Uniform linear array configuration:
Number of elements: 24
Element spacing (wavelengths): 1
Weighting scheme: uniform
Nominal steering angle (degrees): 0
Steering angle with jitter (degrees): -0.2023
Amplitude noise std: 0.05
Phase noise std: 0.05

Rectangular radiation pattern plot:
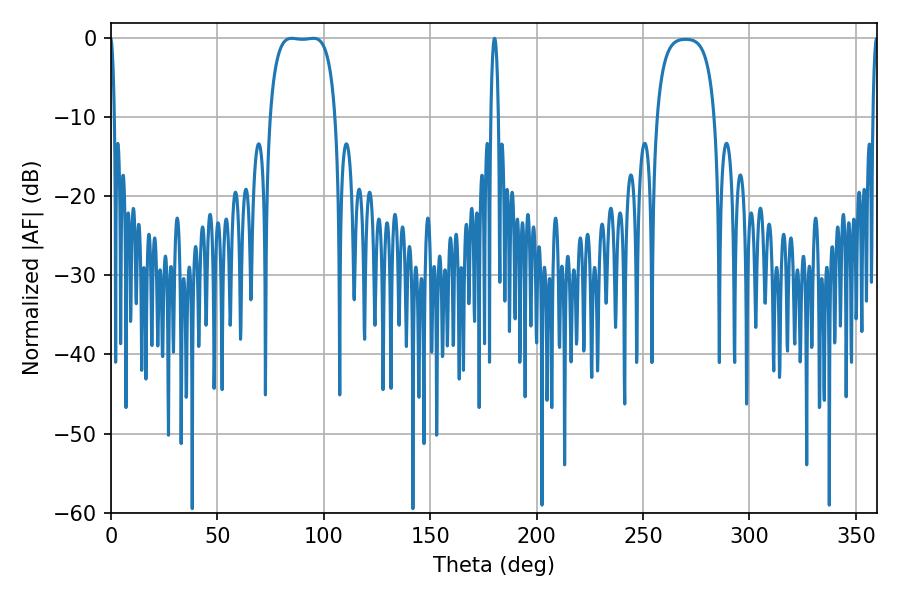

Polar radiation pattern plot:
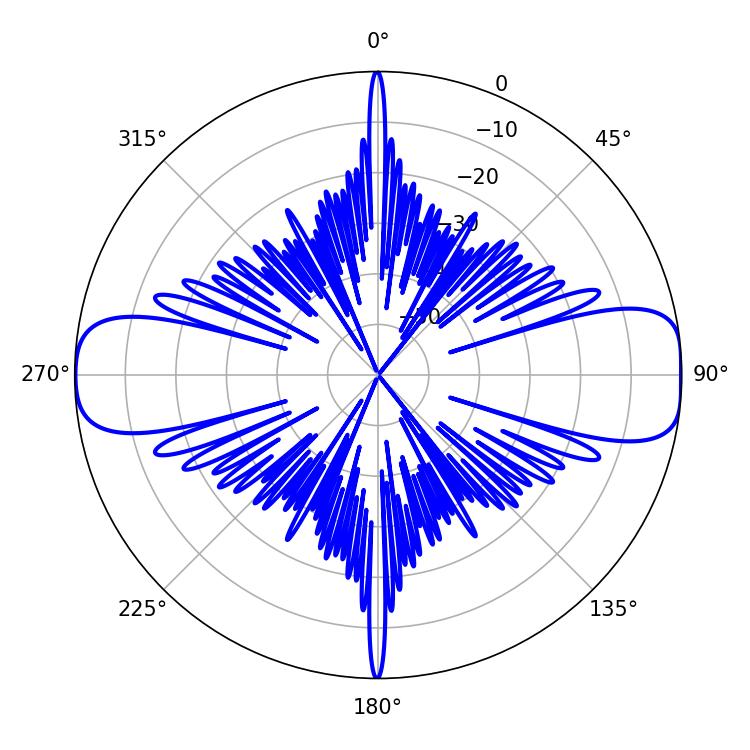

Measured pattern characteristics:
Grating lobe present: TRUE
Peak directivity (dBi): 13.518
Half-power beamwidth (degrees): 24.12
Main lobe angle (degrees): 84.96